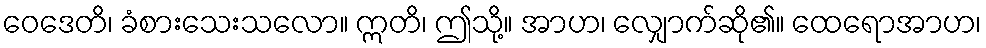
ဝေဒေတိ၊ ခံစားသေးသလော။ ဣတိ၊ ဤသို့။ အာဟ၊ လျှောက်ဆို၏။ ထေရောအာဟ၊